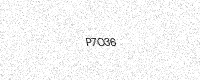
Text: P7O36